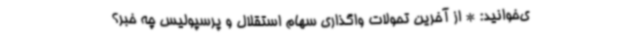
ی‌خوانید: * از آخرین تحولات واگذاری سهام استقلال و پرسپولیس چه خبر؟